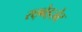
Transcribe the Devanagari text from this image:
स्छ्वेइज़ेर्